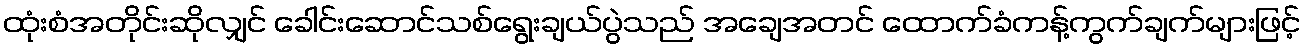
ထုံးစံအတိုင်းဆိုလျှင် ခေါင်းဆောင်သစ်ရွေးချယ်ပွဲသည် အချေအတင် ထောက်ခံကန့်ကွက်ချက်များဖြင့်